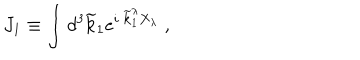
LaTeX: J _ { 1 } \equiv \int d ^ { 3 } \widetilde { \bf k } _ { 1 } e ^ { i \; \widetilde { \bf k } _ { 1 } ^ { \lambda } X _ { \lambda } } \; ,